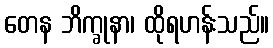
တေန ဘိက္ခုနာ၊ ထိုရဟန်းသည်။